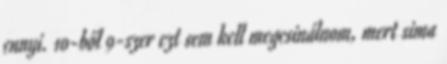
ennyi. 10-ből 9-szer ezt sem kell megcsinálnom, mert sima